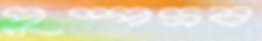
পুষ্পদ্রব